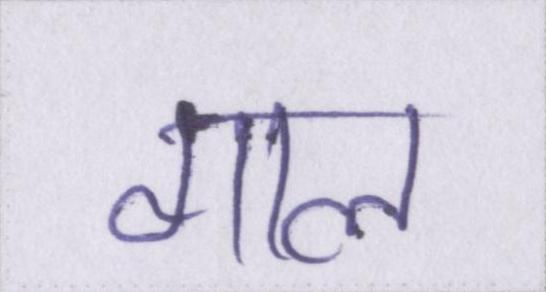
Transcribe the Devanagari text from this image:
गाल